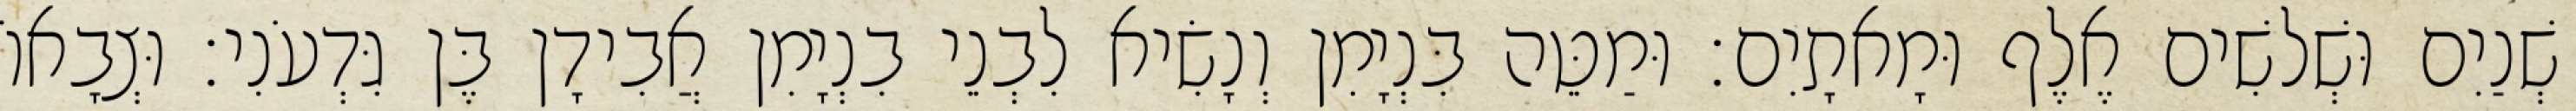
שְׁנַיִם וּשְׁלשִׁים אֶלֶף וּמָאתָיִם׃ וּמַטֵּה בִּנְיָמִן וְנָשִׂיא לִבְנֵי בִנְיָמִן אֲבִידָן בֶּן גִּדְעֹנִי׃ וּצְבָאוֹ